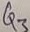
Text: Q3